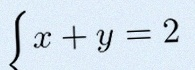
\begin{cases}x+y=2\\x-y=0\end{cases}